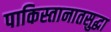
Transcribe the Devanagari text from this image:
पाकिस्तानातसुद्धा